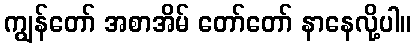
ကျွန်တော် အစာအိမ် တော်တော် နာနေလို့ပါ။